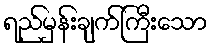
ရည်မှန်းချက်ကြီးသော